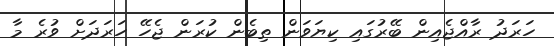
ހަރަދު ރާއްޖެއިން ބޭރުގައި ކިޔަވަން ތިބެން ކުރަން ޖެހޭ ހަރަދަށް ވުރެ މާ